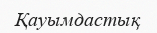
Қауымдастық